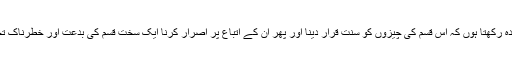
بلکہ میں یہ عقیدہ رکھتا ہوں کہ اس قسم کی چیزوں کو سنت قرار دینا اور پھر ان کے اتباع پر اصرار کرنا ایک سخت قسم کی بدعت اور خطرناک تحریفِ دین ہے ۔